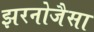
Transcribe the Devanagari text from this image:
झरनोजैसा